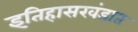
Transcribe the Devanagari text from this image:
इतिहासखंडात